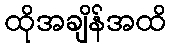
ထိုအချိန်အထိ